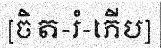
[ចិត-រំ-ភើប]